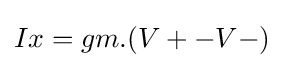
Ix=gm.(V+-V-)